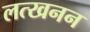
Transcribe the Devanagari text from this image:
लत्खनन